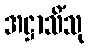
အဋ္ဌာသိံသု